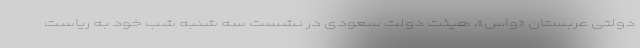
دولتی عربستان «واس»، هیئت دولت سعودی در نشست سه شنبه شب خود به ریاست